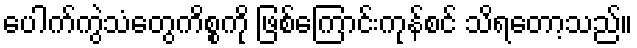
ပေါက်ကွဲသံတွေကိစ္စကို ဖြစ်ကြောင်းကုန်စင် သိရတော့သည်။